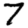
Digit: 7